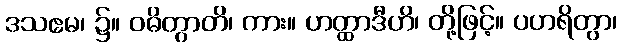
ဒသဧမ၊ ၌။ ဝဓိတွာတိ၊ ကား။ ဟတ္ထာဒီဟိ၊ တို့ဖြင့်။ ပဟရိတွာ၊